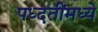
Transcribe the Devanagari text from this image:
पध्दतींमध्ये